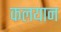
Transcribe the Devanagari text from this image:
कलयान